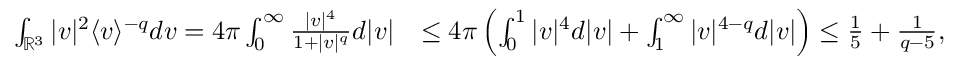
\begin{array} { r l } { \int _ { \mathbb { R } ^ { 3 } } | v | ^ { 2 } \langle v \rangle ^ { - q } d v = 4 \pi \int _ { 0 } ^ { \infty } \frac { | v | ^ { 4 } } { 1 + | v | ^ { q } } d | v | } & { \leq 4 \pi \left( \int _ { 0 } ^ { 1 } | v | ^ { 4 } d | v | + \int _ { 1 } ^ { \infty } | v | ^ { 4 - q } d | v | \right) \leq \frac { 1 } { 5 } + \frac { 1 } { q - 5 } , } \end{array}